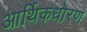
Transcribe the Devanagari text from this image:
आर्थिकधोरण